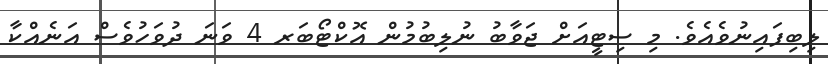
ލިބިފައިނުވެއެވެ. މި ސިޓީއަށް ޖަވާބު ނުލިބުމުން އޮކްޓޯބަރ 4 ވަނަ ދުވަހުވެސް އަނެއްކާ